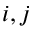
i , j